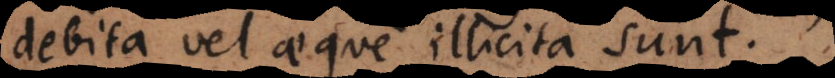
debita vel aeque illicita sunt.